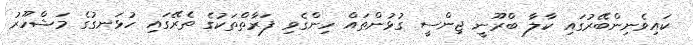
ކައިވެނިންބޭރުގައި ކާލާ ބްރޫނީ ޖިންސީ ގުޅުންތައް ހިންގެވި ފަރާތްތަކުގެ ތެރޭގައި ހުޅަނގުގެ މަޝްހޫރު